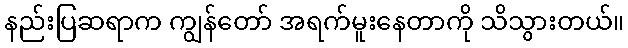
နည်းပြဆရာက ကျွန်တော် အရက်မူးနေတာကို သိသွားတယ်။